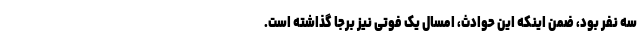
سه نفر بود، ضمن اینکه این حوادث، امسال یک فوتی نیز برجا گذاشته‌ است.